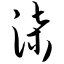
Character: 柒